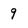
Character: 9